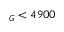
_ G < 4 9 0 0